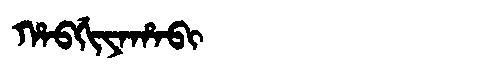
Manchu: ᡥᠠᠪᡤᡳᠶᠠᡥᠠᠪᡳ
Romanization: HABGIYAHABI